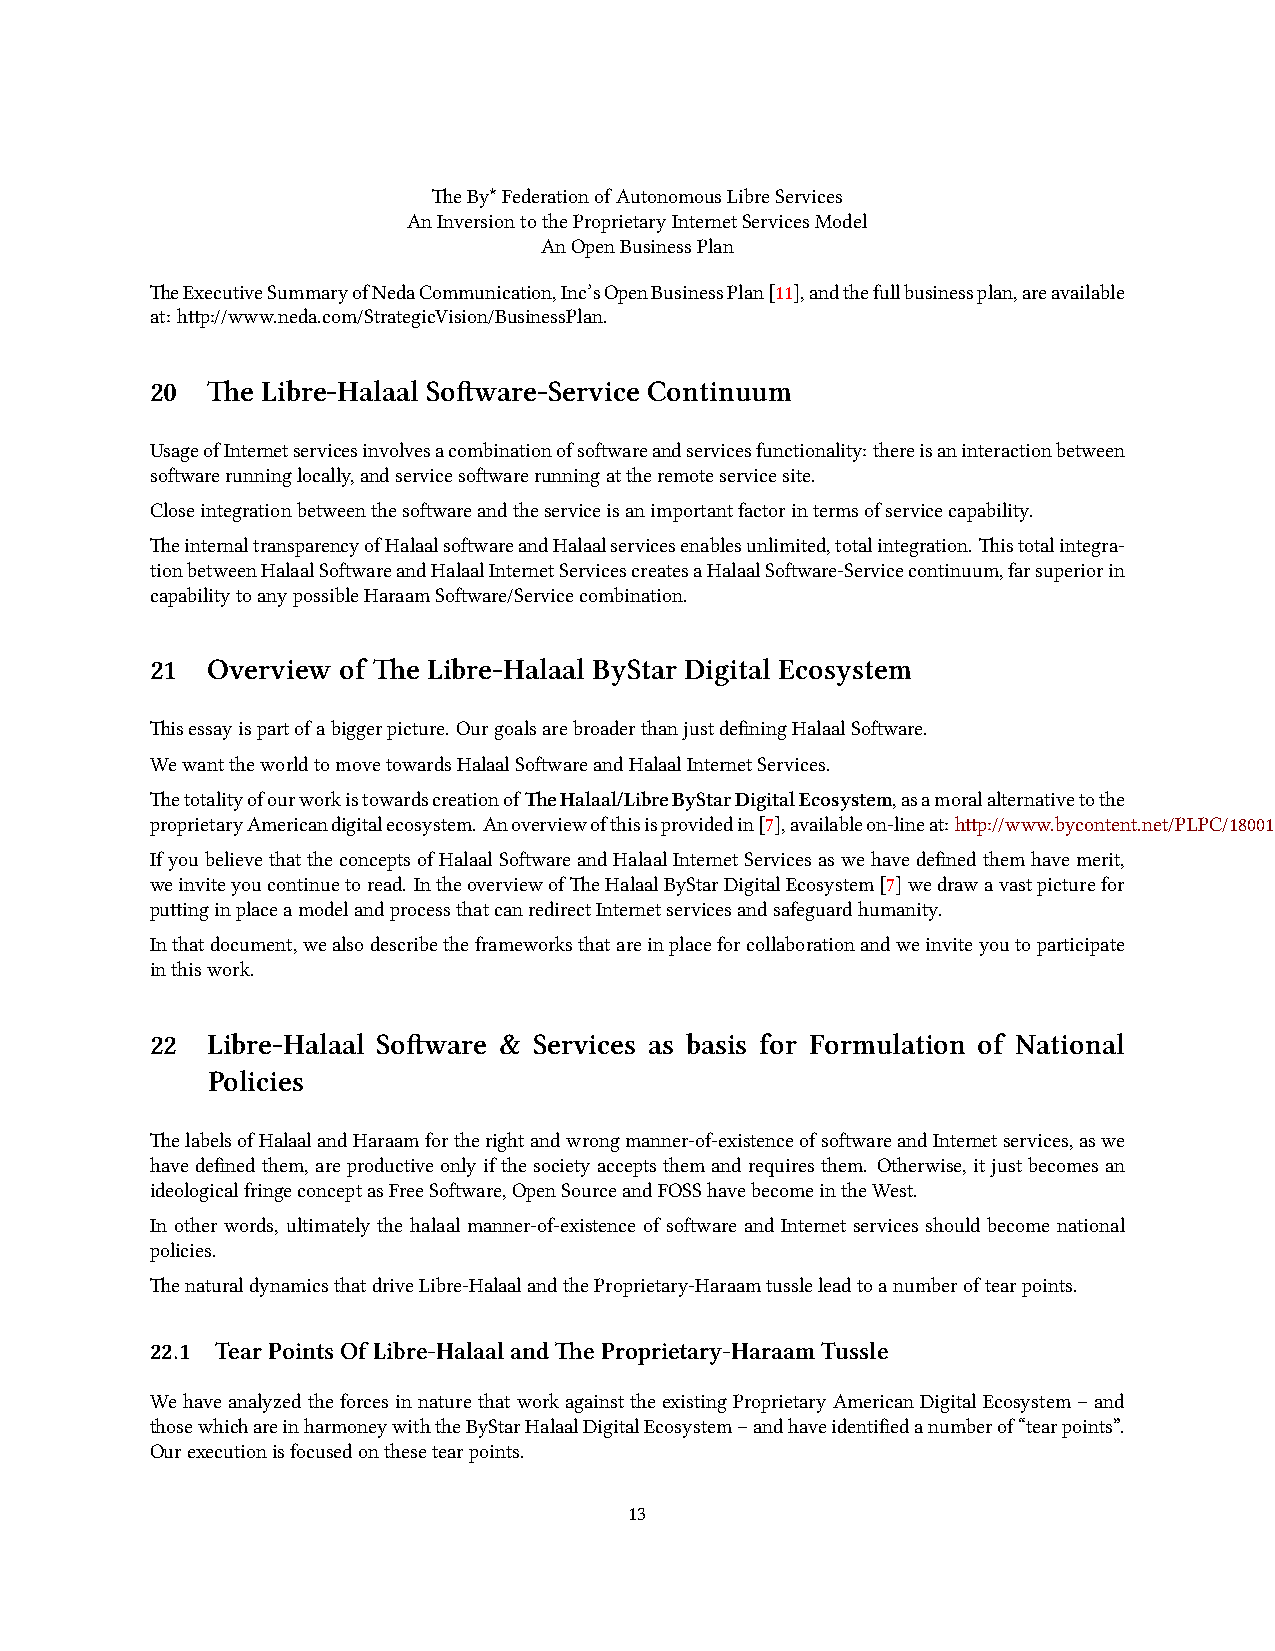
eBy*FederationofAutonomousLibreServices
 AnInversiontotheProprietaryInternetServicesModel
 AnOpenBusinessPlan
 eExecutiveSummaryofNedaCommunication,Inc’sOpenBusinessPlan[11],andthefullbusinessplan,areavailable
 at: hp://www.neda.com/StrategicVision/BusinessPlan.
 20  e Libre-Halaal Soware-Service Continuum
 UsageofInternetservicesinvolvesacombinationofsowareandservicesfunctionality: thereisaninteractionbetween
 sowarerunninglocally,andservicesowarerunningattheremoteservicesite.
 Closeintegrationbetweenthesowareandtheserviceisanimportantfactorintermsofservicecapability.
 einternaltransparencyofHalaalsowareandHalaalservicesenablesunlimited,totalintegration. istotalintegra-
 tionbetweenHalaalSowareandHalaalInternetServicescreatesaHalaalSoware-Servicecontinuum,farsuperiorin
 capabilitytoanypossibleHaraamSoware/Servicecombination.
 21  Overview of e Libre-Halaal ByStar Digital Ecosystem
 isessayispartofabiggerpicture. OurgoalsarebroaderthanjustdefiningHalaalSoware.
 WewanttheworldtomovetowardsHalaalSowareandHalaalInternetServices.
 etotalityofourworkistowardscreationofeHalaal/LibreByStarDigitalEcosystem,asamoralalternativetothe
 proprietaryAmericandigitalecosystem. Anoverviewofthisisprovidedin[7],availableon-lineat:hp://www.bycontent.net/PLPC/180016.
 IfyoubelievethattheconceptsofHalaalSowareandHalaalInternetServicesaswehavedefinedthemhavemerit,
 weinviteyoucontinuetoread. IntheoverviewofeHalaalByStarDigitalEcosystem[7]wedrawavastpicturefor
 puinginplaceamodelandprocessthatcanredirectInternetservicesandsafeguardhumanity.
 Inthatdocument,wealsodescribetheframeworksthatareinplaceforcollaborationandweinviteyoutoparticipate
 inthiswork.
 22  Libre-Halaal Soware & Services as basis for Formulation of National
 Policies
 elabelsofHalaalandHaraamfortherightandwrongmanner-of-existenceofsowareandInternetservices,aswe
 havedefinedthem, areproductiveonlyifthesocietyacceptsthemandrequiresthem. Otherwise, itjustbecomesan
 ideologicalfringeconceptasFreeSoware,OpenSourceandFOSShavebecomeintheWest.
 In other words, ultimately the halaal manner-of-existence of soware and Internet services should become national
 policies.
 enaturaldynamicsthatdriveLibre-HalaalandtheProprietary-Haraamtussleleadtoanumberoftearpoints.
 22.1 TearPointsOfLibre-HalaalandeProprietary-HaraamTussle
 WehaveanalyzedtheforcesinnaturethatworkagainsttheexistingProprietaryAmericanDigitalEcosystem–and
 thosewhiareinharmoneywiththeByStarHalaalDigitalEcosystem–andhaveidentifiedanumberof“tearpoints”.
 Ourexecutionisfocusedonthesetearpoints.
 13